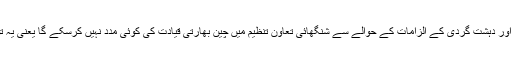
اور پھر یہ بات بھی ہے پاکستان پر عائد کیے جانے والے دراندازی اور دہشت گردی کے الزامات کے حوالے سے شنگھائی تعاون تنظیم میں چین بھارتی قیادت کی کوئی مدد نہیں کرسکے گا یعنی یہ توقع نہیں رکھی جاسکتی کہ وہ (چین) پاکستان کے خلاف جاسکتا ہے۔